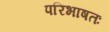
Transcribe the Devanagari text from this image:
परिभाषतः